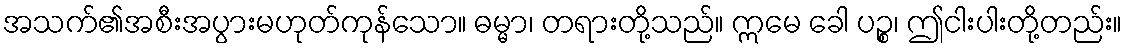
အသက်၏အစီးအပွားမဟုတ်ကုန်သော။ ဓမ္မာ၊ တရားတို့သည်။ ဣမေ ခေါ ပဉ္စ၊ ဤငါးပါးတို့တည်း။